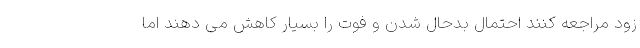
زود مراجعه کنند احتمال بدحال شدن و فوت را بسیار کاهش می دهند اما